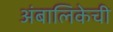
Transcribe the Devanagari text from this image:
अंबालिकेची